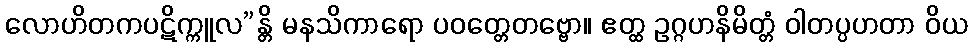
လောဟိတကပဋိက္ကူလ”န္တိ မနသိကာရော ပဝတ္တေတဗ္ဗော။ ဧတ္ထ ဥဂ္ဂဟနိမိတ္တံ ဝါတပ္ပဟတာ ဝိယ